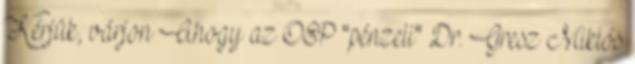
Kérjük, várjon Ahogy az OEP "pénzeli" Dr. Gresz Miklós